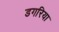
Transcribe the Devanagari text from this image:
डगरिया